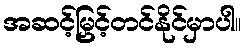
အဆင့်မြှင့်တင်နိုင်မှာပါ။